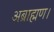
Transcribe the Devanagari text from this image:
अब्राह्मण।